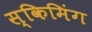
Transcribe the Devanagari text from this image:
स्किमिंग